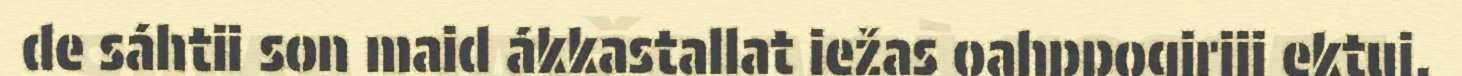
de sáhtii son maid ákkastallat iežas oahppogirjji ektui.